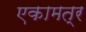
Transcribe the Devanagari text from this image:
एकामत्र